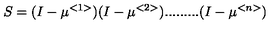
S = ( I - \mu ^ { < 1 > } ) ( I - \mu ^ { < 2 > } ) . . . . . . . . . ( I - \mu ^ { < n > } )